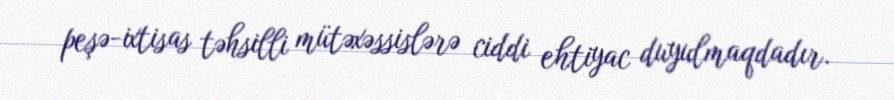
peşə-ixtisas təhsilli mütəxəssislərə ciddi ehtiyac duyulmaqdadır.